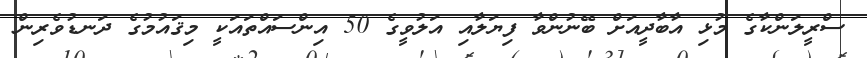
ސްރީލަންކާގެ މުޅި އާބާދީއަށް ބޭނުންވާ ފިޔަލާއި އަލުވީގެ 50 އިންސައްތައަކީ މިޤައުމުގެ ދަނޑުވެރިން